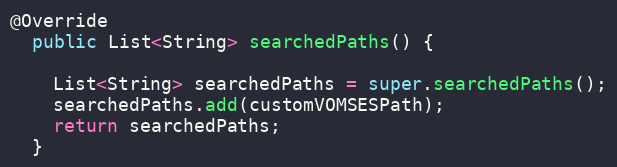
Language: Java
@Override
  public List<String> searchedPaths() {

    List<String> searchedPaths = super.searchedPaths();
    searchedPaths.add(customVOMSESPath);
    return searchedPaths;
  }